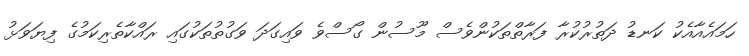
ހަމައެއާއެކު ކަނޑު ދަތުރުކުރާ ފަރާތްތަކުންވެސް މޫސުން ގޯސްވެ ވައިގަދަ ވަގުތުތަކުގައި ރައްކާތެރިކަމުގެ ފިޔަވަޅު